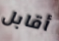
أقابل